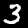
Label: 3